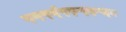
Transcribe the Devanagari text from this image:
र्य्ज्य्ज्ब्क्ग्फ्र्स्र्द